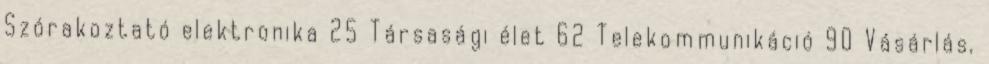
Szórakoztató elektronika 25 Társasági élet 62 Telekommunikáció 90 Vásárlás,